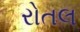
રોતલ